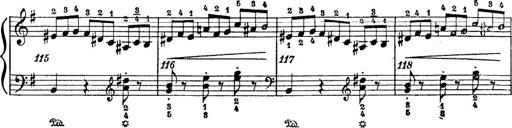
Title: 6 Polish Songs
Composer: Franz Liszt